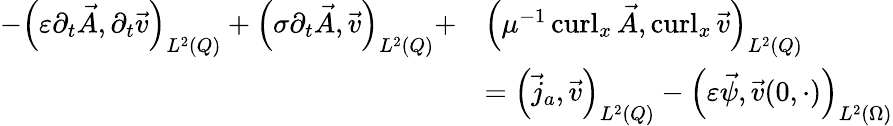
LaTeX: \begin{array}{rl}{-\left(\varepsilon\partial_{t}\vec{A},\partial_{t}\vec{v}\right)_{L^{2}(Q)}+\left(\sigma\partial_{t}\vec{A},\vec{v}\right)_{L^{2}(Q)}+}&{\left(\mu^{-1}\operatorname{curl}_{x}\vec{A},\operatorname{curl}_{x}\vec{v}\right)_{L^{2}(Q)}}\\ &{=\left(\vec{j}_{a},\vec{v}\right)_{L^{2}(Q)}-\left(\varepsilon\vec{\psi},\vec{v}(0,\cdot)\right)_{L^{2}(\Omega)}}\end{array}